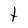
Character: t